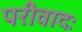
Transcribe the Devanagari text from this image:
परीवादः